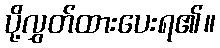
ပို့လွှတ်ထားပေးရ၏။